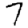
Digit: 7